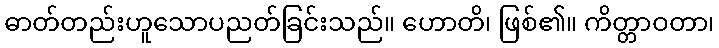
ဓာတ်တည်းဟူသောပညတ်ခြင်းသည်။ ဟောတိ၊ ဖြစ်၏။ ကိတ္တာဝတာ၊